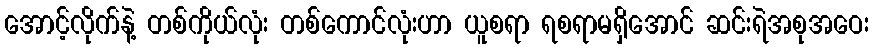
အောင့်လိုက်နဲ့ တစ်ကိုယ်လုံး တစ်ကောင်လုံးဟာ ယူစရာ ရစရာမရှိအောင် ဆင်းရဲအစုအဝေး